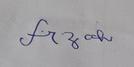
Signature authenticity: forged